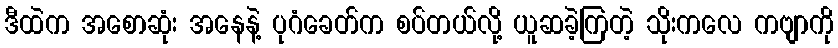
ဒီထဲက အစောဆုံး အနေနဲ့ ပုဂံခေတ်က စပ်တယ်လို့ ယူဆခဲ့ကြတဲ့ သိုးကလေ ကဗျာကို